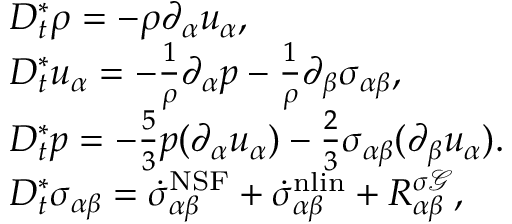
\begin{array} { r l } & { D _ { t } ^ { * } \rho = - \rho \partial _ { \alpha } u _ { \alpha } , } \\ & { D _ { t } ^ { * } u _ { \alpha } = - \frac { 1 } { \rho } \partial _ { \alpha } p - \frac { 1 } { \rho } \partial _ { \beta } { \sigma } _ { \alpha \beta } , } \\ & { D _ { t } ^ { * } p = - \frac { 5 } { 3 } p ( \partial _ { \alpha } u _ { \alpha } ) - \frac { 2 } { 3 } \sigma _ { \alpha \beta } ( \partial _ { \beta } u _ { \alpha } ) . } \\ & { D _ { t } ^ { * } \sigma _ { \alpha \beta } = \dot { \sigma } _ { \alpha \beta } ^ { \mathrm { N S F } } + \dot { \sigma } _ { \alpha \beta } ^ { \mathrm { n l i n } } + R _ { \alpha \beta } ^ { \sigma \mathcal { G } } , } \end{array}